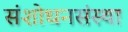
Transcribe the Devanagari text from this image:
संशोधनसंस्था